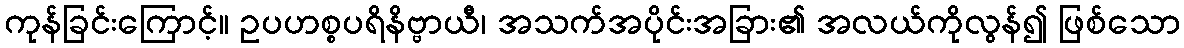
ကုန်ခြင်းကြောင့်။ ဥပဟစ္စပရိနိဗ္ဗာယီ၊ အသက်အပိုင်းအခြား၏ အလယ်ကိုလွန်၍ ဖြစ်သော